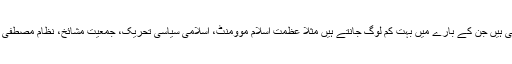
تمام بڑی دینی و مذہبی جماعتوں کے نام تو سب کو ازبر ہوں گے لیکن کچھ ایسی دینی جماعتیں بھی ہیں جن کے بارے میں بہت کم لوگ جانتے ہیں مثلاً عظمت اسلام موومنٹ، اسلامی سیاسی تحریک، جمعیت مشائخ، نظام مصطفی پارٹی، پاک مسلم الائنس، عوامی قوت، اللہ اکبر تحریک اور اسلامی ری پبلکن پارٹی وغیرہ وغیرہ۔